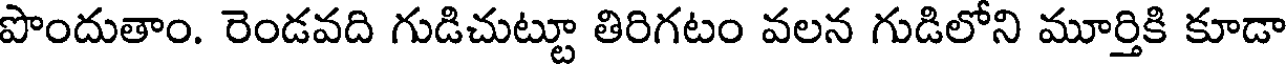
పొందుతాం. రెండవది గుడిచుట్టూ తిరిగటం వలన గుడిలోని మూర్తికి కూడా